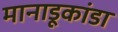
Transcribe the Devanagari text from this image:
मानाडूकांडा